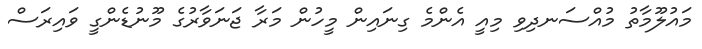
މައުލޫމާތު މުއްސަނދިވި މިއީ އެންމެ ގިނައިން މީހުން މަރާ ޖަނަވާރުގެ މޫނުޑެންގީ ވައިރަސް